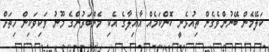
ކަލޭމެން ބޭނުންވެގެން ތިއުޅެނީ ކޮންކަމެއް އާއިލާގެ އެކި މެންބަރުންގެ މޫނު ވަކިވަކިން ހިތަށް